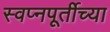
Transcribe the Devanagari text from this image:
स्वप्नपूर्तीच्या